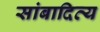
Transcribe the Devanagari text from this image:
सांबादित्य